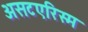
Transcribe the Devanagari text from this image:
असटएरिस्म